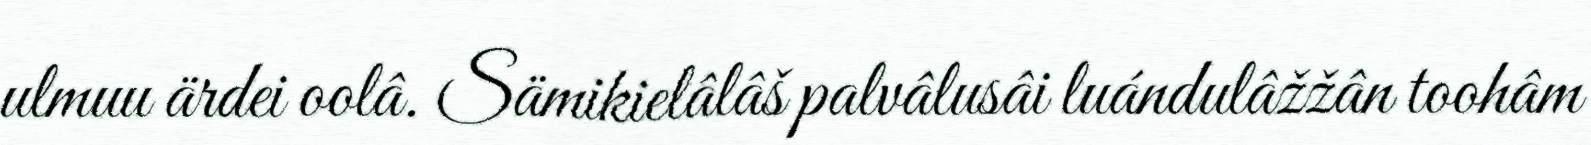
ulmuu ärdei oolâ. Sämikielâlâš palvâlusâi luándulâžžân toohâm